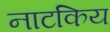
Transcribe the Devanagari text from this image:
नाटकिय